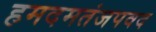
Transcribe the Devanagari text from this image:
हमदमतंजपवद